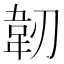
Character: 韌